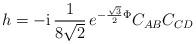
LaTeX: \begin{align*}h=- \mbox{\rm i} \, \frac{1}{8 \sqrt{2}}\, e^{- {\sqrt{3}\over 2}\Phi} C_{AB}C_{CD}\end{align*}